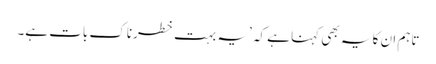
تاہم ان کا یہ بھی کہنا ہے کہ ’یہ بہت خطرناک بات ہے۔